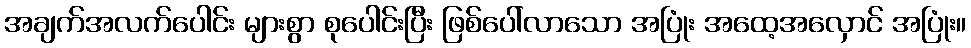
အချက်အလက်ပေါင်း များစွာ စုပေါင်းပြီး ဖြစ်ပေါ်လာသော အပြုံး အထေ့အလှောင် အပြုံး။